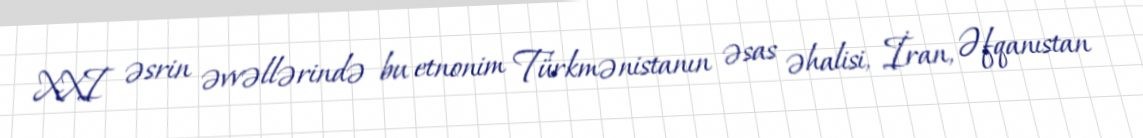
XXI əsrin əvvəllərində bu etnonim Türkmənistanın əsas əhalisi, İran, Əfqanıstan